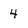
Character: 4